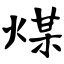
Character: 煤